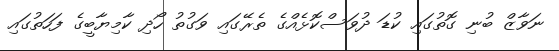
ނަވާޒް ބުނި ގޮތުގައި ކުޑަ ދުވަސްކޮޅެއްގެ ތެރޭގައި ވަގުތު ހޯދި ކާމިޔާބީގެ ފަހަތުގައި